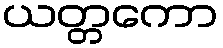
ယတ္တကော